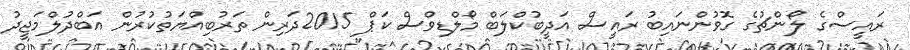
ރައީސްގެ ލޯންޗުގެ ގޮވުންނައިބު ރައީސް އަދީބުކްލަބް މޯލްޑިވްސް ކަޕް 2015ދަރިން ތަރުބިއްޔަތުކުރުން އަބްދުލްމަޖީދު